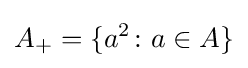
A_{+}=\{a^{2}\colon a\in A\}